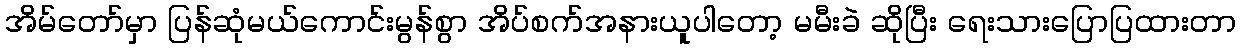
အိမ်တော်မှာ ပြန်ဆုံမယ်ကောင်းမွန်စွာ အိပ်စက်အနားယူပါတော့ မမီးခဲ ဆိုပြီး ရေးသားပြောပြထားတာ